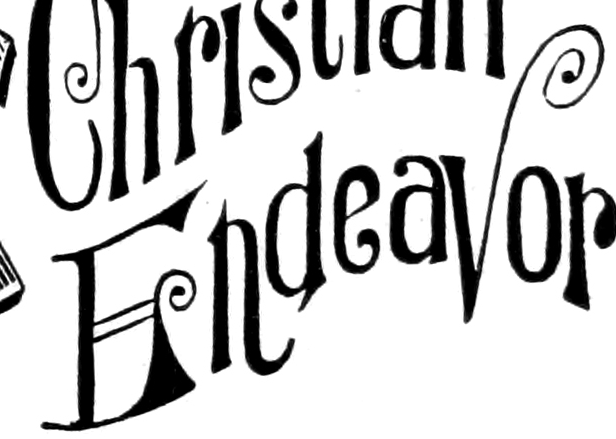
Endeavor